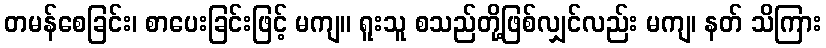
တမန်စေခြင်း၊ စာပေးခြင်းဖြင့် မကျ။ ရူးသူ စသည်တို့ဖြစ်လျှင်လည်း မကျ၊ နတ် သိကြား